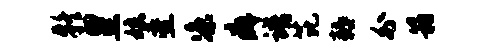
疑皇娘叠凉癖谱芘耨外箱